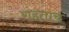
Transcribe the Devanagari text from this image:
राहताच